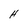
Character: H